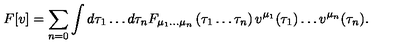
F [ v ] = \sum _ { n = 0 } \int d \tau _ { 1 } \ldots d \tau _ { n } F _ { \mu _ { 1 } \ldots \mu _ { n } } \left( \tau _ { 1 } \ldots \tau _ { n } \right) v ^ { \mu _ { 1 } } ( \tau _ { 1 } ) \ldots v ^ { \mu _ { n } } ( \tau _ { n } ) .